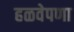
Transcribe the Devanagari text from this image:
हळवेपणा